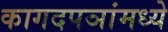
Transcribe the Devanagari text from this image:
कागदपञांमध्ये